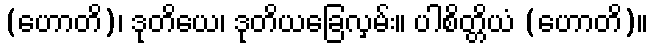
(ဟောတိ)၊ ဒုတိယေ၊ ဒုတိယခြေလှမ်း။ ပါစိတ္တိယံ (ဟောတိ)။